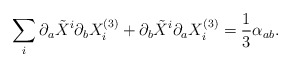
\begin{align*} \sum_i \partial_a \tilde {X}^i \partial_b X_i^{(3)} + \partial_b \tilde {X}^i \partial_a X_i^{(3)} = \frac{1}{3} \alpha_{ab}.\end{align*}